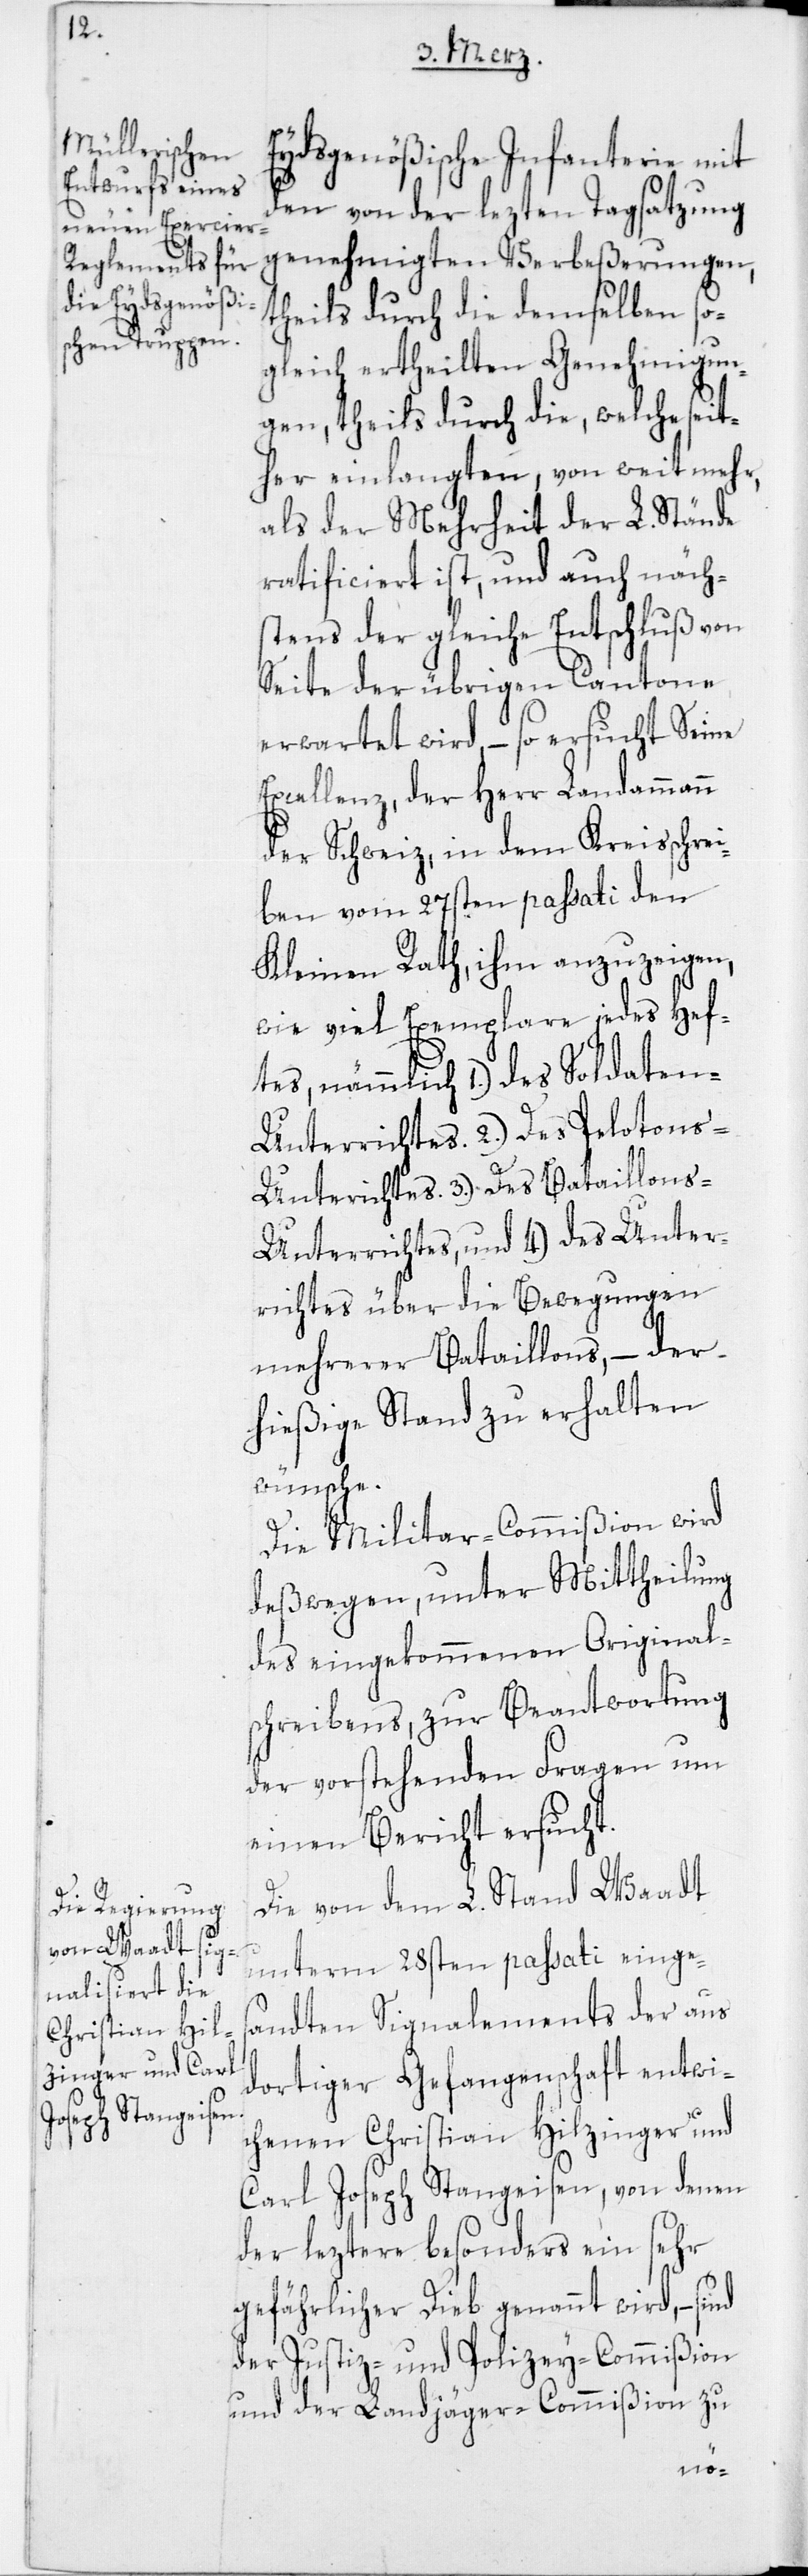
Eydsgenößische Infanterie mit
den von der lezten Tagsatzung
genehmigten Verbeßerungen,
theils durch die demselben so¬
gleich ertheilten Genehmigun¬
gen, theils durch die, welche seit¬
her einlangten, von weit mehr,
als der Mehrheit der L. Stände
ratificiert ist, und auch näch¬
uß von
stens der gleiche Entsc¬
Seite der übrigen Cantone
erwartet wird, – so ersucht Seine
Excellenz, der Herr Landammann
der Schweiz, in dem Kreisschrei¬
ben vom 27sten passati den
Kleinen Rath, ihm anzuzeigen,
wie viel Exemplare jedes Hef¬
tes, nämmlich 1.) des Soldaten-U¬
nterrichtes. 2.) Des Pelotons-U¬
nterrichtes. 3.) Des Bataillon-U¬
nterrichtes, und 4.) des Unter¬
richtes über die Bewegungen
mehrerer Bataillons, – der
hießige Stand zu erhalten
Die Militar-Commißion wird
deßwegen, unter Mittheilung
des eingekommenen Original¬
schreibens, zur Beantwortung
der vorstehenden Fragen um
einen Bericht ersucht.
Die von dem L. Stand Waadt
unterm 28sten passati einges¬
andten Signalements der aus
dortiger Gefangenschaft entwi¬
chenen Christian Hilzinger und
Carl Joseph Stangeisen, von denen
der leztere besonders ein sehr
gefährlicher Dieb genannt wird, –
der Justiz- und Polizey-Commißion
und der Landjäger-Commißion zu
hl¬